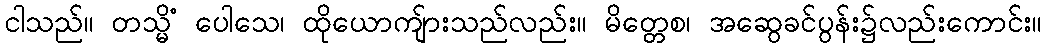
ငါသည်။ တသ္မိံ ပေါသေ၊ ထိုယောကျ်ားသည်လည်း။ မိတ္တေစ၊ အဆွေခင်ပွန်း၌လည်းကောင်း။